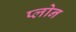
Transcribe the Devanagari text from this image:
प्लोन